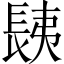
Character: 𨱾